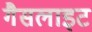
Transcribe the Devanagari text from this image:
गैसलाइट